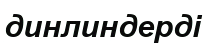
динлиндерді